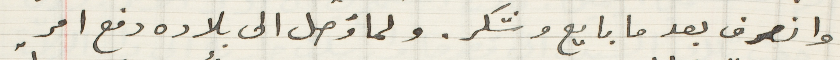
وانصرف بعدما بايع وشكر. ولما وَصل الى بلاده دفع امر